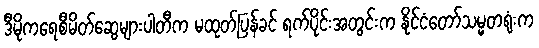
ဒီမိုကရေစီမိတ်ဆွေများပါတီက မထုတ်ပြန်ခင် ရက်ပိုင်းအတွင်းက နိုင်ငံတော်သမ္မတရုံးက